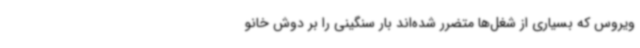
ویروس که بسیاری از شغل‌ها متضرر شده‌اند بار سنگینی را بر دوش خانو